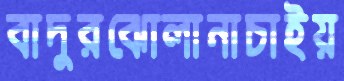
বাদুরঝোলানাচাইয়